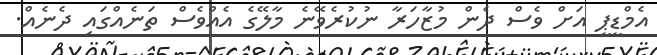
އެމްޑީޕީ އަށް ވެސް ދެން މުޒާހަރާ ނުކުރެވޭނެ މާލޭގެ އެއްވެސް ތަނެއްގައި ދެނެއް.